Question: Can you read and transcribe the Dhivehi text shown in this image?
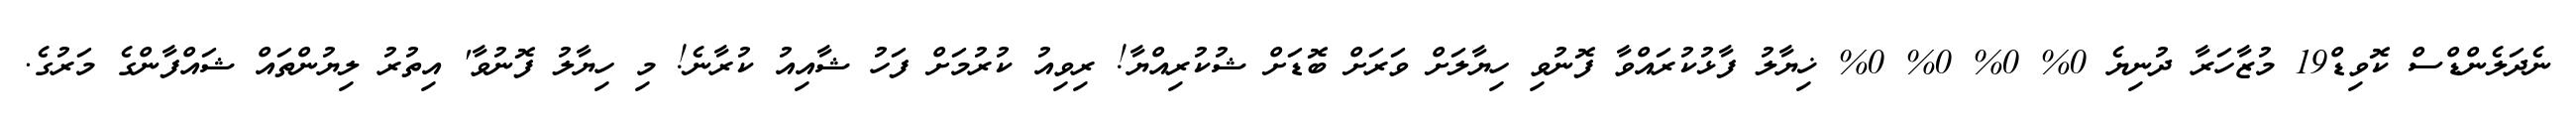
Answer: ނެދަލެންޑްސް ކޮވިޑް19 މުޒާހަރާ ދުނިޔެ 0% 0% 0% 0% ޚިޔާލު ފާޅުކުރައްވާ ފޮނުވި ހިޔާލަށް ވަރަށް ބޮޑަށް ޝުކުރިއްޔާ! ރިވިއު ކުރުމަށް ފަހު ޝާއިއު ކުރާނެ! މި ހިޔާލު ފޮނުވާ' އިތުރު ލިޔުންތައް ޝައްފާންގެ މަރުގެ.